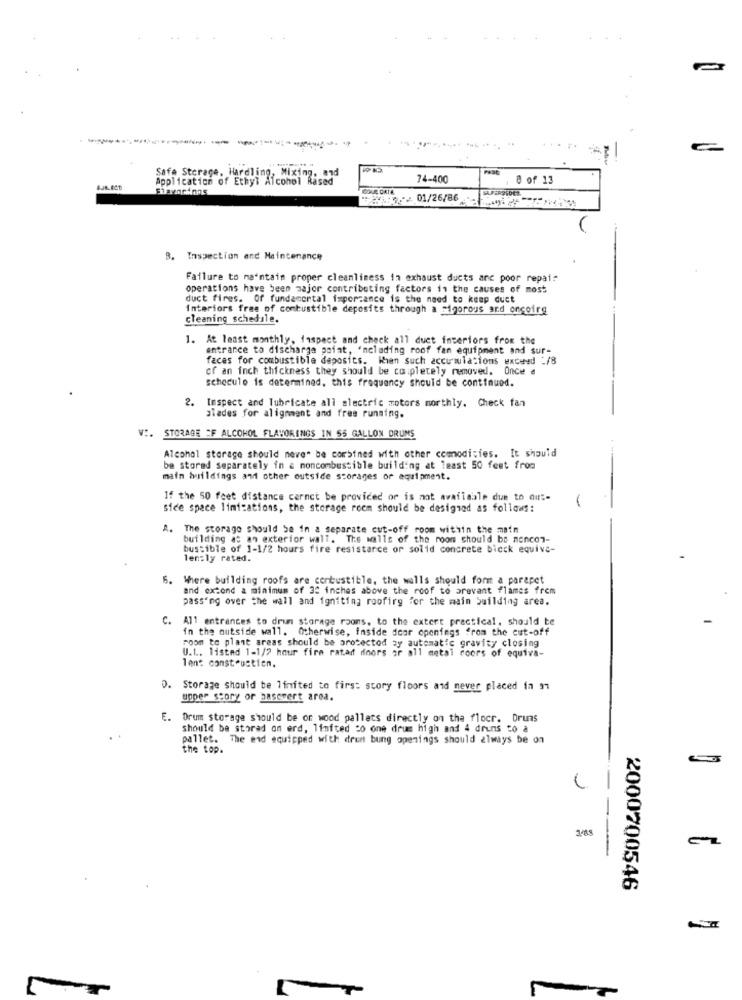
Application of Ethyl Alcoh
Safe Storage. Hardling, Mixing. .
74-400
8 of 13
COUR DATA
HA:01/26/86
Inspection and Maintenance
Failure to maintain proper cleanliness in exhaust ducts anc poor repair
operations have been major contributing factors in the causes of most
duct fires. Of fundamental ispercance is the need to keep duct
Interiors free of combustible deposits through a sigorous and oncoirg
cleaning schedule.
1. At least monthly, faspect and check all duct interiors from the
entrance to discharge point, including roof fan equipment and sur-
faces for combustible deposits. When such accumulations exceed -/8
of an inch thickness they should be completely removed. Once d
schedule is determined, this frequency should be continued.
Inspect and Tubricate all electric motors morthly. Check fan
alades for alignment and free running.
WI. STORAGE EF ALCOHOL FLAVORINGS IN 55 GALLON DRUMS
Alcohol storage should neve" be combined with other comodisies. It should
be stored separately in a moncombustible building at least 50 feet from
main buildings and other outside storages of equipment.
If the 50 feet distance cernct be provided or is not available due to out=
sice space limitations, the storage room should be designed as follows:
A. The storage should be in a separate cut-off room within the main
building as an exterior wall. The walls of the room should be noncon-
bustible of 1-1/2 hours fire resistance or solid concrete bicck equiva-
lenzly rated.
6. Where building roofs are cortustible, the walls should form a parapet
and extend a minimum of 32 inches above the roof to prevant flames frem
passing over the wall and igniting roofing for the main building area.
C.
All entrances to drun storage rooms, to the extort practical, should be
in the outside wall. Otherwise, inside door openings from the cut-off
room to plant areas should be protected by automatic gravity closing
U.L .. listed 1-1/2 hour fire ratar dinors or all metal coors of equiva-
lent construction.
Storage should be limited to first story floors and never placed in 91
upper story or pasceert area.
E. Orum storage should be on wood pallets directly on the flocr. Drums
Should be stored on erd, limited 20 one drum high and 4 druns to a
pallet. The end equipped with drum bung openings should always be on
the top.
3-85
2000700546